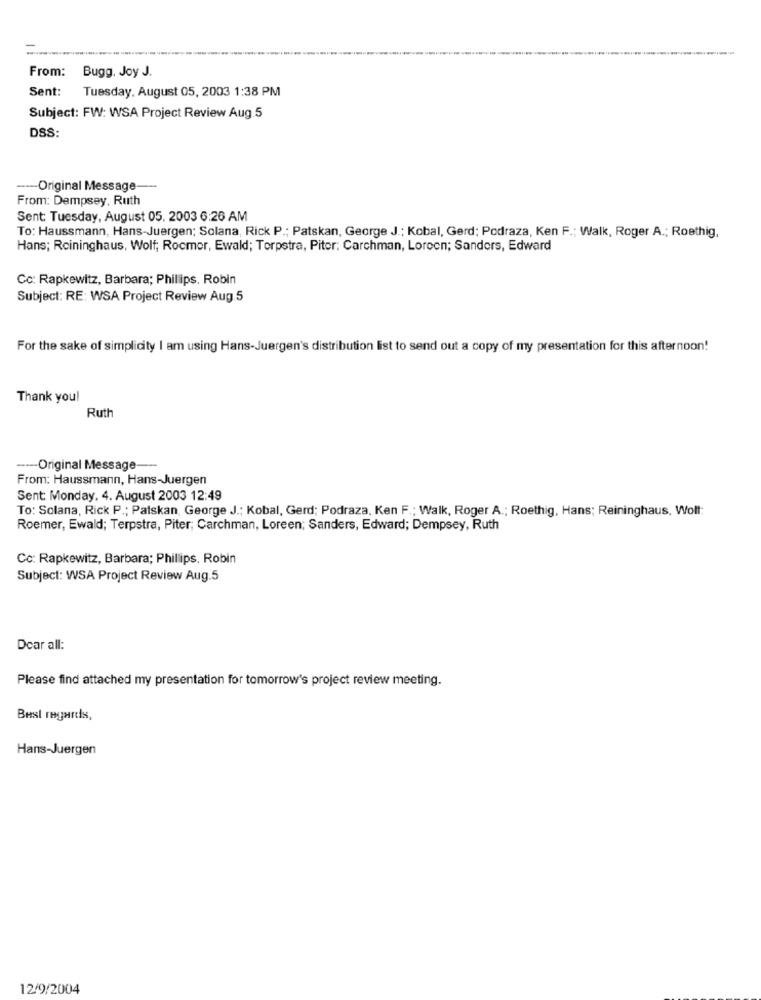
From:
Bugg. Joy J.
Sent:
Tuesday, August 05, 2003 1:38 PM
Subject: FW: WSA Project Review Aug.5
DSS:
----- Original Message
From: Dempsey, Ruth
Sent: Tuesday, August 05, 2003 6:26 AM
To: Haussmann, Hans-Juergen; Solana, Rick P .; Patskan, George J .; Kobal, Gerd; Podraza, Ken F .; Walk, Roger A .; Roethig,
Hans; Rcininghaus, Wolf; Rocmer, Ewald; Terpstra, Piter; Carchman, Loreen; Sanders, Edward
Cc: Rapkewitz, Barbara; Phillips, Robin
Subject: RE: WSA Project Review Aug.5
For the sake of simplicity I am using Hans-Juergen's distribution list to send out a copy of my presentation for this afternoon!
Thank you!
Ruth
---- Original Message-
From: Haussmann, Hans-Juergen
Sent: Monday, 4. August 2003 12:49
To: Solana, Rick P .; Patskan, George J .; Kobal, Gerd; Podraza, Ken F .; Walk, Roger A .; Roethig, Hans; Reininghaus, Wolf:
Roemer, Ewald; Terpstra, Piter; Carchman, Loreen; Sanders, Edward; Dempsey, Ruth
Cc: Rapkewitz, Barbara; Phillips. Robin
Subject: WSA Project Review Aug.5
Dear all:
Please find attached my presentation for tomorrow's project review meeting.
Best regards,
Hans-Juergen
12/9/2004